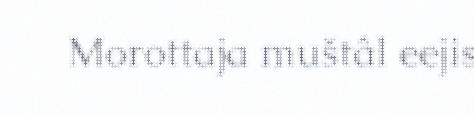
Morottaja muštâl eejis